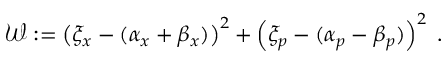
\begin{array} { r } { \mathcal { W } : = \left( \xi _ { x } - ( \alpha _ { x } + \beta _ { x } ) \right) ^ { 2 } + \left( \xi _ { p } - ( \alpha _ { p } - \beta _ { p } ) \right) ^ { 2 } \; . } \end{array}